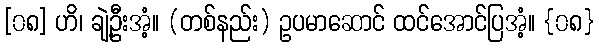
[၀၈] ဟိ၊ ချဲ့ဦးအံ့။ (တစ်နည်း) ဥပမာဆောင် ထင်အောင်ပြအံ့။ {၀၈}